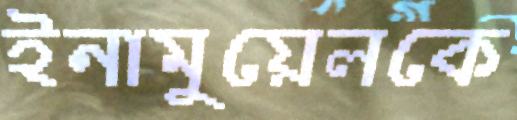
ইনামুয়েলকে